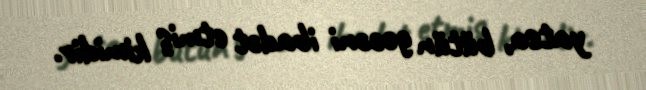
yatsa, bütün gecəni ibadət etmiş kimidir.